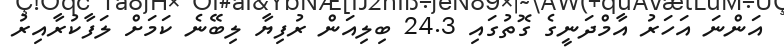
އަންނަ އަހަރު އާމްދަނީގެ ގޮތުގައި 24.3 ބިލިއަން ރުފިޔާ ލިބޭނެ ކަމަށް ލަފާކުރާއިރު